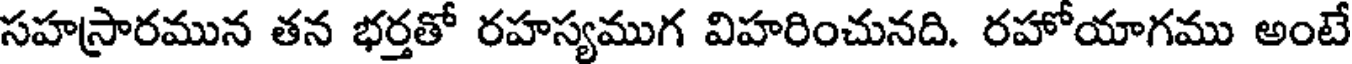
సహస్రారమున తన భర్తతో రహస్యముగ విహరించునది. రహోయాగము అంటే